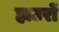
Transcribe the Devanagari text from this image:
हाउरों